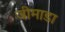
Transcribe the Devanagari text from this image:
जीमाडा